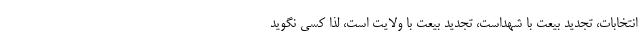
انتخابات، تجدید بیعت با شهداست، تجدید بیعت با ولایت است، لذا کسی نگوید